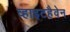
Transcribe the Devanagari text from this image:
व्हाइटहैवेन